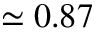
\simeq 0 . 8 7